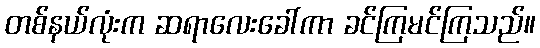
တစ်နယ်လုံးက ဆရာလေးခေါ်ကာ ခင်ကြမင်ကြသည်။